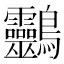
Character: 䴒